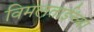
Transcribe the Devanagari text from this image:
विमलताईंच्या